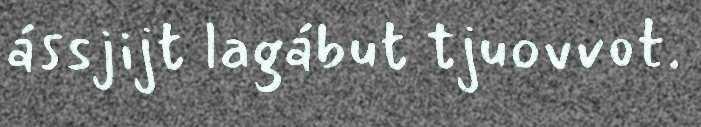
ássjijt lagábut tjuovvot.